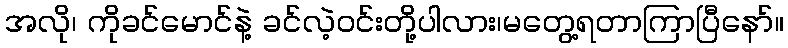
အလို၊ ကိုခင်မောင်နဲ့ ခင်လဲ့ဝင်းတို့ပါလား၊မတွေ့ရတာကြာပြီနော်။